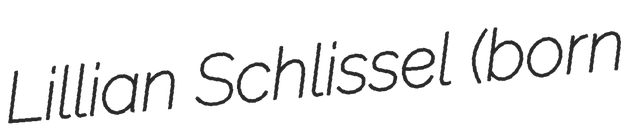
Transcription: Lillian Schlissel (born